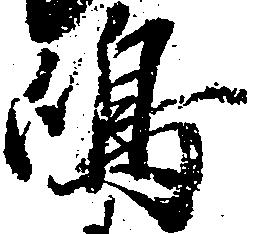
嶋